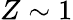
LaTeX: Z\sim 1